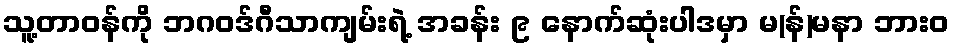
သူ့တာဝန်ကို ဘဂဝဒ်ဂီသာကျမ်းရဲ့ အခန်း ၉ နောက်ဆုံးပါဒမှာ မ(န်)မနာ ဘားဝ